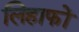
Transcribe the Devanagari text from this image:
लिहाफों